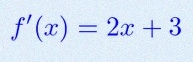
f'(x)=2x+3